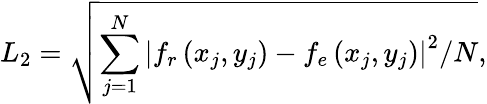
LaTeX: L_{2}=\sqrt{\sum_{j=1}^{N}\left|f_{r}\left(x_{j},y_{j}\right)-f_{e}\left(x_{j},y_{j}\right)\right|^{2}/N},